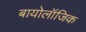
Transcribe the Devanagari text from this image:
बायोलॉजिक